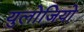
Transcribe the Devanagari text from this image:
युलोजियो